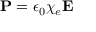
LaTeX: \mathbf { P } = \epsilon _ { 0 } \chi _ { e } \mathbf { E }